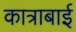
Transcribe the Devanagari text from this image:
कात्राबाई